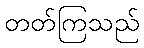
တတ်ကြသည်